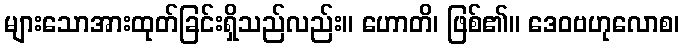
များသောအားထုတ်ခြင်းရှိသည်လည်း။ ဟောတိ၊ ဖြစ်၏။ ဒေဝဗဟုလောစ၊